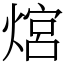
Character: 熍